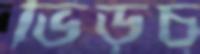
ভিড়চ্